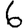
Digit: 6